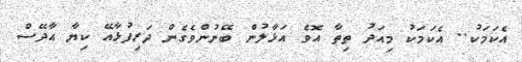
އެކަމަކު.. އެކަމަކު މިއަދު ތިތާ އޮވެ އަޅާލުން ބޭނުންވެގެން ދަރިފުޅާއޭ ކިޔާ އާދޭސް